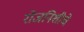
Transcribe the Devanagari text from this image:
रोजनिशीचे